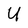
Character: U